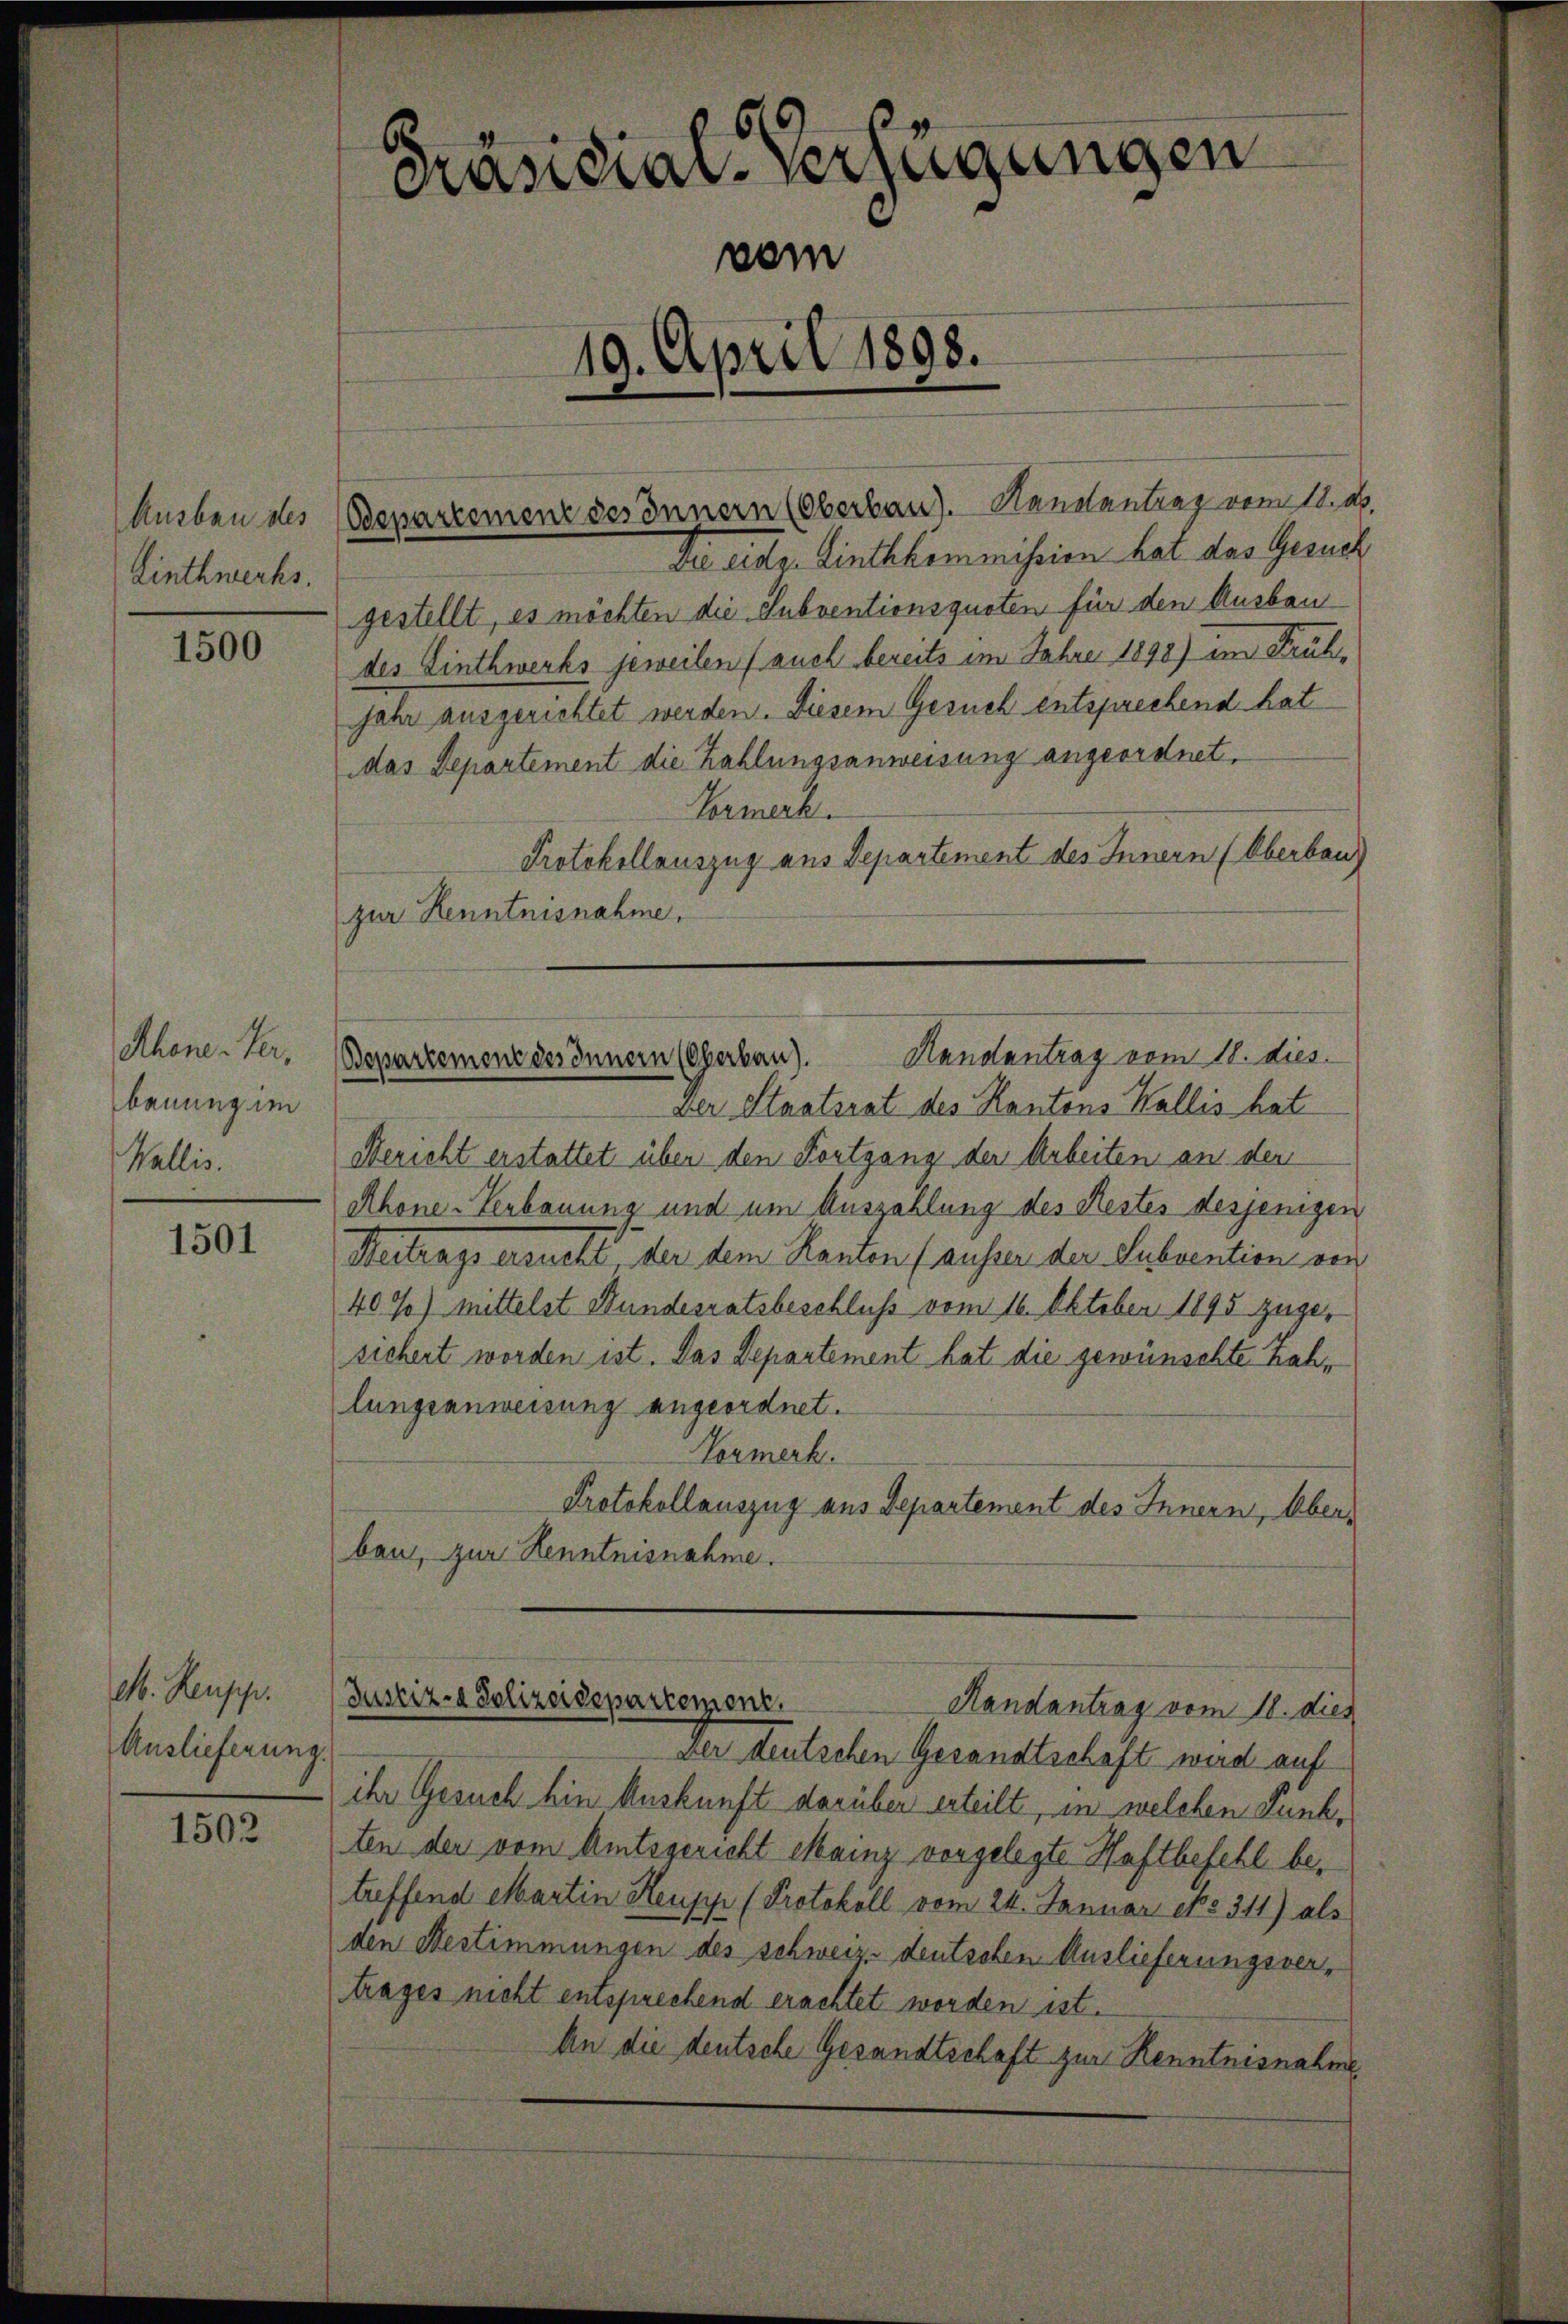
Ausbau des
Linthwechs.

1500

Achene Terbauung im
Wallis.

1501

. Reuss.
Auslieferung.

1502

Präsidial-Verfügungen
vem
19. April 1898.

Departement des Innern (Oberbau). Kanalantrag vom 10. ab.
Der eide. Linthkommission hat das Gesuch
gestellt, es möchten die Subventionsquoten für den Ausbau
des Linthwerks jeweilen (auch bereits im Jahre 1898) im Frühjahr ausgerichtet werden. Diesem Gesuch entsprechend hat
das Departement die Zahlungsanweisung angeordnet.
Eormerk.
Protokollauszug aus Departement des Innern (Oberbau
zur Kenntnisnahme,

Der Staatsrat des Kantons Wallis hat
Bericht erstattet über den Fortgang der Arbeiten an der
Rhone-Verbauung und um Auszahlung des Restes desjenigen
Aertrags ersucht, der dem Kanton (ausser der Subvention ver
40%) mittelst Stundesratsbeschluß vom 16. Oktober 1893 zugesichert worden ist. Das Departement hat die gewünschte Zahlungsanweisung angeordnet.
Vermerk.
Protokollauszug aus Departement des Innern, Aber
ben, zur Kenntnisnahme.

Handantrag vom 18. dies
Bepartement des Innern (Oberbau).

Justiz- & Polizeidepartemont.
Handantrag vom 18. dies

Der deutschen Gesandtschaft wird auf
ihr Gesuch hin Auskunft darüber erteilt, in welchen Punkten der vom Amtsgericht Mainz vorgelegte Haftbefehl betreffend Martin Heupyr (Protokoll vom 24. Januar exo 311) als
den Bestimmungen des schweiz. deutschen Auslieferungsvertrages nicht entsprechend erachtet worden ist.
An die deutsche Gesandtschaft zur Kenntnisnahme